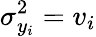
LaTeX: \sigma_{y_{i}}^{2}=v_{i}